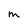
Character: M